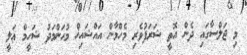
މި ޖަލްސާގައި ދެން އޮތީ ޝަރަފުވެރި މެހްމާން އައްޝައިޚް މުޙަންމަދު ޝަހީމް ޢަލީ